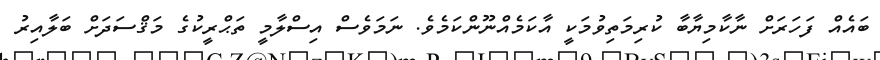
ބައެއް ފަހަރަށް ނާކާމިޔާބާ ކުރިމަތިވުމަކީ އާކަމެއްނޫންކަމެވެ. ނަމަވެސް އިސްލާމީ ތަޙްރީކުގެ މަޤްސަދަށް ބަލާއިރު